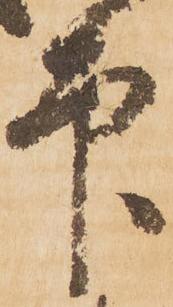
印